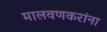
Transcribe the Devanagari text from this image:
मालवणकरांना